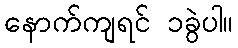
နောက်ကျရင် ၁ခွဲပါ။